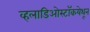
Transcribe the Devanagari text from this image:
व्हलाडिओस्टॉकयेथून